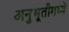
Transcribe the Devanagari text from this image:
अनुभूतीमध्ये